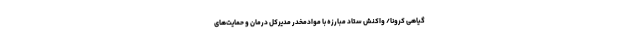
گیاهی کرونا/ واکنش ستاد مبارزه با موادمخدر مدیرکل درمان و حمایت‌های